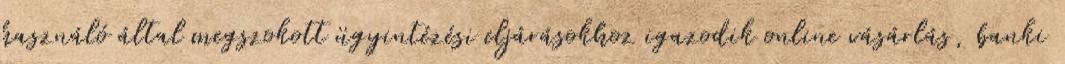
használó által megszokott ügyintézési eljárásokhoz igazodik online vásárlás, banki